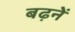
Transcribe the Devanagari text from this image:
बढ़नें